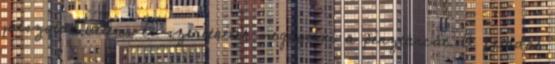
játszotok velem, és szeretnétek megnyerni a pénztárcát. A feladat